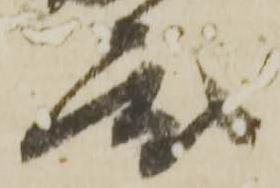
度